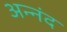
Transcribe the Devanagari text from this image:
अन्नंद